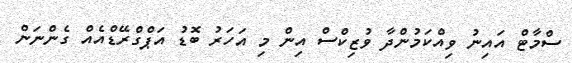
ސްމާޓް އައިނު ވިއްކަމުންދާ ވުޒިކްސް އިން މި އަހަރު ބޮޑު އަޕްގްރޭޑްއެއް ގެންނަން